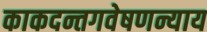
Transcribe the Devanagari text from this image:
काकदन्तगवेषणन्याय